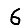
Digit: 6